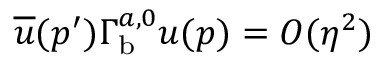
\overline { { u } } ( p ^ { \prime } ) \Gamma _ { \mathrm { b } } ^ { a , 0 } u ( p ) = { \cal O } ( \eta ^ { 2 } )